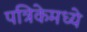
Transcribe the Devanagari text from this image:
पत्रिकेमध्ये